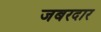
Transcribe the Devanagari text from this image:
जबरदार